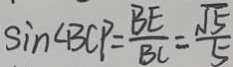
\sin \angle B C P = \frac { B E } { B C } = \frac { \sqrt { 5 } } { 5 }